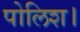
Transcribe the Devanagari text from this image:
पोलिश।